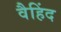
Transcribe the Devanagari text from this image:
वैहिंद